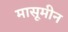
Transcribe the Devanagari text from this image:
मासूमीन